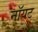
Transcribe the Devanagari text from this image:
नॉयट